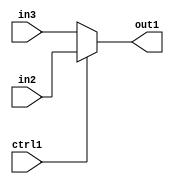
`timescale 1ps / 1ps
/*****************************************************************************
    Verilog RTL Description
    
    
    Created by: Stratus DpOpt 2019.1.01 
*******************************************************************************/

module in_buff_N_Mux_3_2_20_1 (
	in3,
	in2,
	ctrl1,
	out1
	); /* architecture "behavioural" */ 
input [2:0] in3,
	in2;
input  ctrl1;
output [2:0] out1;
wire [2:0] asc001;

reg [2:0] asc001_tmp_0;
assign asc001 = asc001_tmp_0;
always @ (ctrl1 or in2 or in3) begin
	case (ctrl1)
		1'B1 : asc001_tmp_0 = in2 ;
		default : asc001_tmp_0 = in3 ;
	endcase
end

assign out1 = asc001;
endmodule

/* CADENCE  uLb3Sw4= : u9/ySgnWtBlWxVPRXgAZ4Og= ** DO NOT EDIT THIS LINE ******/